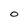
Character: O